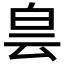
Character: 𤽎